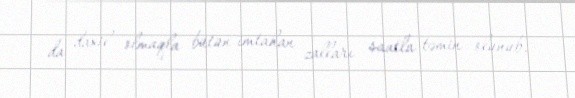
da daxil olmaqla bütün imtahan zalları saatla təmin olunub.